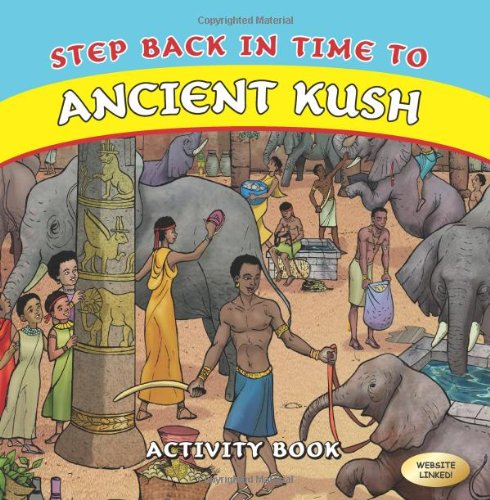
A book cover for Step Back in Time to Ancient Kush; K.N. Chimbiri; Children's Books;